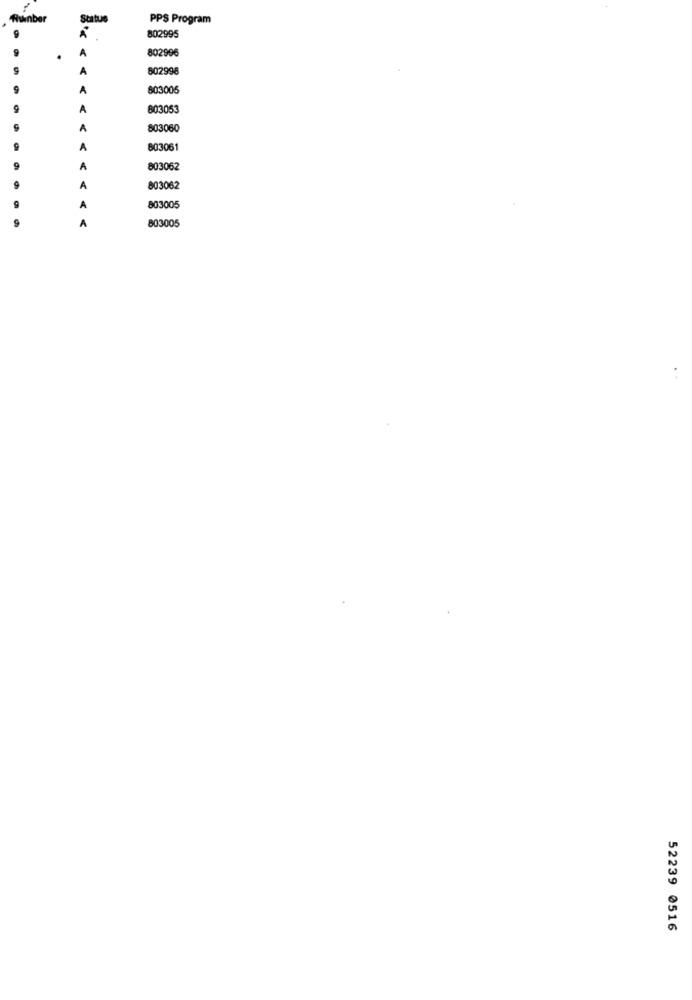
Quanber
Status
PPS Program
802995
802996
A
A
802996
A
803005
9
A
803053
A
803060
9
A
803061
A
803062
A
803062
A
803005
803005
A
52239 0516